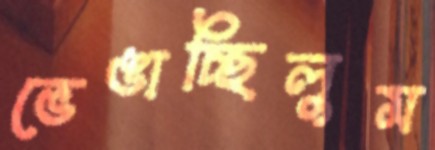
ভেঙাচ্ছিলুম